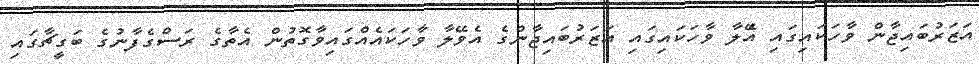
އަޒަރުބައިޖާން ވާހަކައިގައި އެޭލާ ވާހަކައިގައި އަޒަރުބައިޖާންގެ އެވޭލާ ވާހަކައެއްގައިވާގޮތުން އެތާގެ ރަސްގެފާނުގެ ބަގީޗާގައި